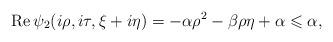
LaTeX: \begin{align*}\operatorname{Re}\psi_2(i\rho,i\tau,\xi+i\eta)=-\alpha\rho^2-\beta\rho\eta+\alpha\leqslant \alpha,\end{align*}